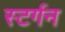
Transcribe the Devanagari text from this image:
स्टर्गन